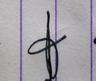
Signature authenticity: genuine